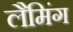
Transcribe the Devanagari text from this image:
लैमिंग